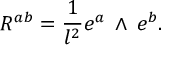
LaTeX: R ^ { a b } = \frac { 1 } { l ^ { 2 } } e ^ { a } { \mathrm { \tiny ~ \wedge ~ } } e ^ { b } .